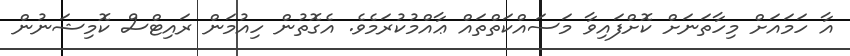
އާ ހަމައަށް މިހާތަނަށް ކޮށްފައިވާ މަސައްކަތްތައް ޢާއްމުކުރަމެވެ. އެގޮތުން ހިއުމަން ރައިޓްސް ކޮމިޝަނުން